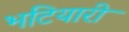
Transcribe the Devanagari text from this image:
भटियारी